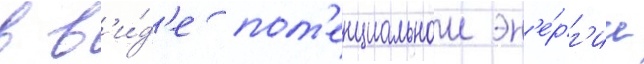
в в'и́д'е пот'енциальнои эн'е́рг'ии